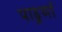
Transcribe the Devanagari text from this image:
पाढुर्णा